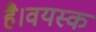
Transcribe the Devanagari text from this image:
है।वयस्क